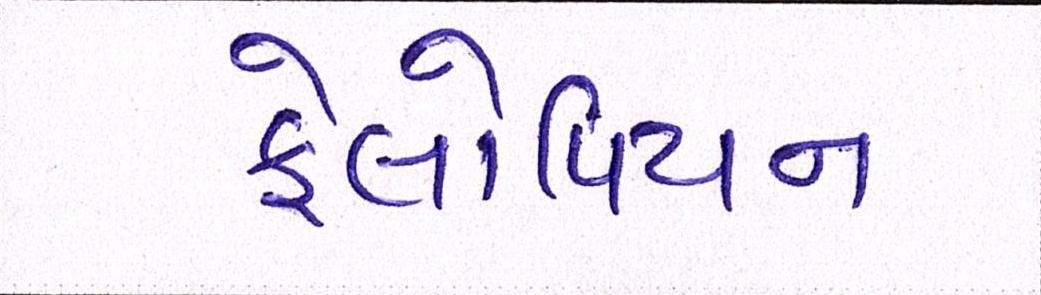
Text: ફેલોપિયન